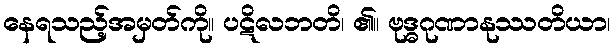
နေရသည့်အမှတ်ကို။ ပဋိလဘတိ၊ ၏။ ဗုဒ္ဓဂုဏာနုဿတိယာ၊